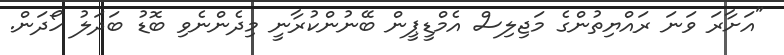
"އަށާރަ ވަނަ ރައްޔިތުންގެ މަޖިލިސް އެމްޑީޕީން ބޭނުންކުރާނީ މިދެންނެވި ބޮޑު ބަދަލު ހޯދަން.